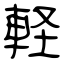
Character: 軽